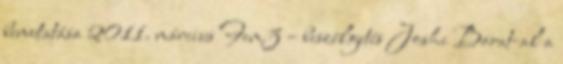
bemutatása 2011. március Fem3 – beszélgetés Joshi Barat-al a